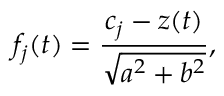
f _ { j } ( t ) = { \frac { c _ { j } - z ( t ) } { \sqrt { a ^ { 2 } + b ^ { 2 } } } } ,